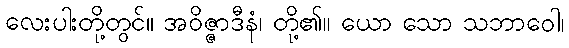
လေးပါးတို့တွင်။ အဝိဇ္ဇာဒီနံ၊ တို့၏။ ယော သော သဘာဝေါ၊